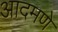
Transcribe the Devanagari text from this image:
आदमणे